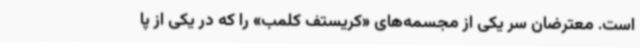
است. معترضان سر یکی از مجسمه‌های «کریستف کلمب» را که در یکی از پا